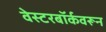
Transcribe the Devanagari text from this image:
वेस्टरबॉर्कवरून